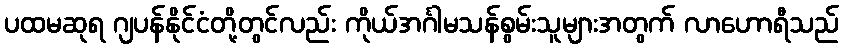
ပထမဆုရ ဂျပန်နိုင်ငံတို့တွင်လည်း ကိုယ်အင်္ဂါမသန်စွမ်းသူများအတွက် လာဟောရီသည်